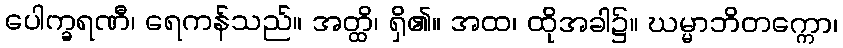
ပေါက္ခရဏီ၊ ရေကန်သည်။ အတ္ထိ၊ ရှိ၏။ အထ၊ ထိုအခါ၌။ ဃမ္မာဘိတက္ကော၊